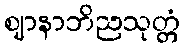
ဈာနာဘိညသုတ္တံ